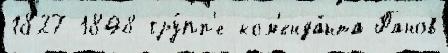
1827-1848 гру́пп'е ком'енда́нта Панов